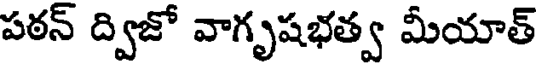
పఠన్ ద్విజో వాగృషభత్వ మీయాత్